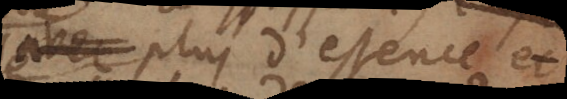
avec plus d’essence et